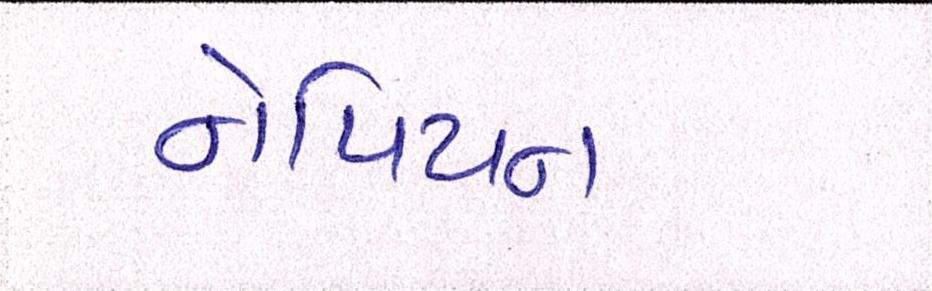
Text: નેપિયન